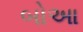
બોઆ